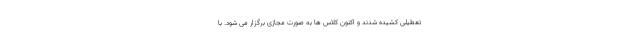
تعطیلی کشیده شدند و اکنون کلاس ها به صورت مجازی برگزار می شود. با